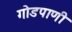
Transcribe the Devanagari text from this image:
गोडपाणी